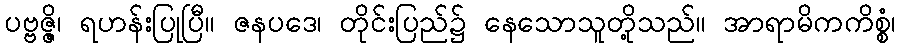
ပဗ္ဗဇ္ဇိ၊ ရဟန်းပြုပြီ။ ဇနပဒေ၊ တိုင်းပြည်၌ နေသောသူတို့သည်။ အာရာမိကကိစ္စံ၊